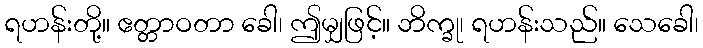
ရဟန်းတို့။ ဧတ္တာဝတာ ခေါ၊ ဤမျှဖြင့်။ ဘိက္ခု၊ ရဟန်းသည်။ သေခေါ၊